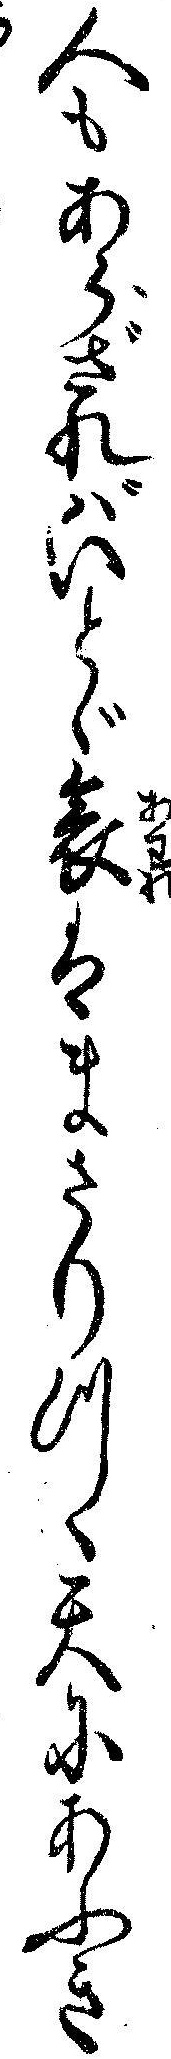
人もあらざれバいとゞ哀はまさりつゝ天にあふき